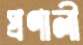
প্রণালী